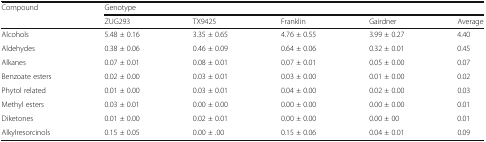
<table><thead><tr><td rowspan="2"><b>Compound</b></td><td colspan="5"><b>Genotype</b></td></tr><tr><td><b>ZUG293</b></td><td><b>TX9425</b></td><td><b>Franklin</b></td><td><b>Gairdner</b></td><td><b>Average</b></td></tr></thead><tbody><tr><td>Alcohols</td><td>5.48 ± 0.16</td><td>3.35 ± 0.65</td><td>4.76 ± 0.55</td><td>3.99 ± 0.27</td><td>4.40</td></tr><tr><td>Aldehydes</td><td>0.38 ± 0.06</td><td>0.46 ± 0.09</td><td>0.64 ± 0.06</td><td>0.32 ± 0.01</td><td>0.45</td></tr><tr><td>Alkanes</td><td>0.07 ± 0.01</td><td>0.08 ± 0.01</td><td>0.07 ± 0.01</td><td>0.05 ± 0.00</td><td>0.07</td></tr><tr><td>Benzoate esters</td><td>0.02 ± 0.00</td><td>0.03 ± 0.01</td><td>0.03 ± 0.00</td><td>0.01 ± 0.00</td><td>0.02</td></tr><tr><td>Phytol related</td><td>0.01 ± 0.00</td><td>0.03 ± 0.01</td><td>0.04 ± 0.00</td><td>0.02 ± 0.00</td><td>0.03</td></tr><tr><td>Methyl esters</td><td>0.03 ± 0.01</td><td>0.00 ± 0.00</td><td>0.00 ± 0.00</td><td>0.00 ± 0.00</td><td>0.01</td></tr><tr><td>Diketones</td><td>0.01 ± 0.00</td><td>0.02 ± 0.01</td><td>0.00 ± 0.00</td><td>0.00 ± 00</td><td>0.01</td></tr><tr><td>Alkylresorcinols</td><td>0.15 ± 0.05</td><td>0.00 ± .00</td><td>0.15 ± 0.06</td><td>0.04 ± 0.01</td><td>0.09</td></tr></tbody></table>